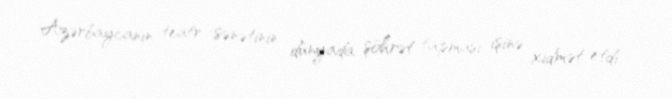
Azərbaycanın teatr sənətinin dünyada şöhrət tapması işinə xidmət etdi.